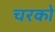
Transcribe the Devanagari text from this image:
चरको